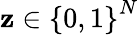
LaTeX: \mathbf{z}\in\left\{ 0,1\right\} ^{N}